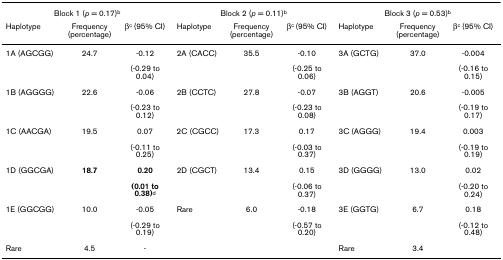
| <COLSPAN=3> Block 1 (p = 0.17)b | <COLSPAN=3> Block 2 (p = 0.11)b | <COLSPAN=3> Block 3 (p = 0.53)b |
 | Haplotype | Frequency (percentage) | βc (95% CI) | Haplotype | Frequency (percentage) | βc (95% CI) | Haplotype | Frequency (percentage) | βc (95% CI) |
 | --- | --- | --- | --- | --- | --- | --- | --- | --- |
 | 1A (AGCGG) | 24.7 | -0.12 | 2A (CACC) | 35.5 | -0.10 | 3A (GCTG) | 37.0 | -0.004 |
 |  |  | (-0.29 to 0.04) |  |  | (-0.25 to 0.06) |  |  | (-0.16 to 0.15) |
 | 1B (AGGGG) | 22.6 | -0.06 | 2B (CCTC) | 27.8 | -0.07 | 3B (AGGT) | 20.6 | -0.005 |
 |  |  | (-0.23 to 0.12) |  |  | (-0.23 to 0.08) |  |  | (-0.19 to 0.17) |
 | 1C (AACGA) | 19.5 | 0.07 | 2C (CGCC) | 17.3 | 0.17 | 3C (AGGG) | 19.4 | 0.003 |
 |  |  | (-0.11 to 0.25) |  |  | (-0.03 to 0.37) |  |  | (-0.19 to 0.19) |
 | 1D (GGCGA) | 18.7 | 0.20 | 2D (CGCT) | 13.4 | 0.15 | 3D (GGGG) | 13.0 | 0.02 |
 |  |  | (0.01 to 0.38)d |  |  | (-0.06 to 0.37) |  |  | (-0.20 to 0.24) |
 | 1E (GGCGG) | 10.0 | -0.05 | Rare | 6.0 | -0.18 | 3E (GGTG) | 6.7 | 0.18 |
 |  |  | (-0.29 to 0.19) |  |  | (-0.57 to 0.20) |  |  | (-0.12 to 0.48) |
 | Rare | 4.5 | - |  |  |  | Rare | 3.4 |  |